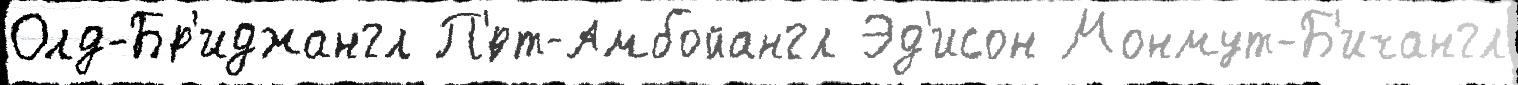
Олд-Бр'иджангл П'́рт-Амбойангл Эд'исон Монмут-Б'ичангл